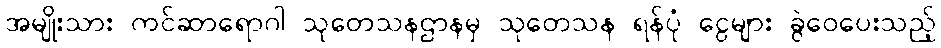
အမျိုးသား ကင်ဆာရောဂါ သုတေသနဌာနမှ သုတေသန ရန်ပုံ ငွေများ ခွဲဝေပေးသည့်